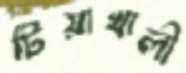
টিয়াখালী